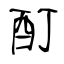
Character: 酊